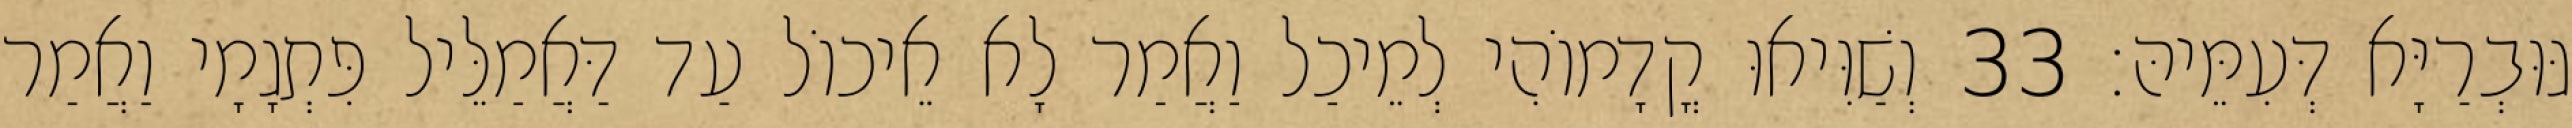
גּוּבְרַיָּא דְּעִמֵּיהּ׃ 33 וְשַׁוִּיאוּ קֳדָמוֹהִי לְמֵיכַל וַאֲמַר לָא אֵיכוֹל עַד דַּאֲמַלֵּיל פִּתְגָמָי וַאֲמַר